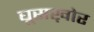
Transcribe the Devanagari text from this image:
घूसख़ोर